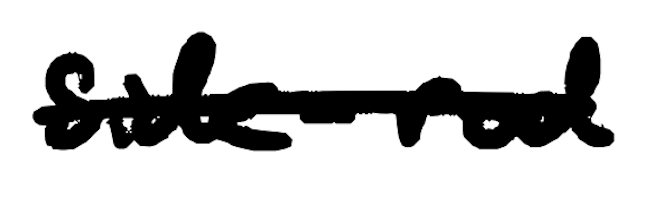
Text: side-rod
Cross-out: single-line
Writing tool: digital_black